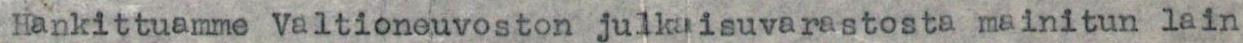
Hankittuamme Valtioneuvoston julkaisuvarastosta mainitun lain